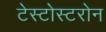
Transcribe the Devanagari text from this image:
टेस्टोस्टरोन